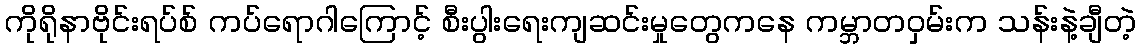
ကိုရိုနာဗိုင်းရပ်စ် ကပ်ရောဂါကြောင့် စီးပွါးရေးကျဆင်းမှုတွေကနေ ကမ္ဘာတဝှမ်းက သန်းနဲ့ချီတဲ့